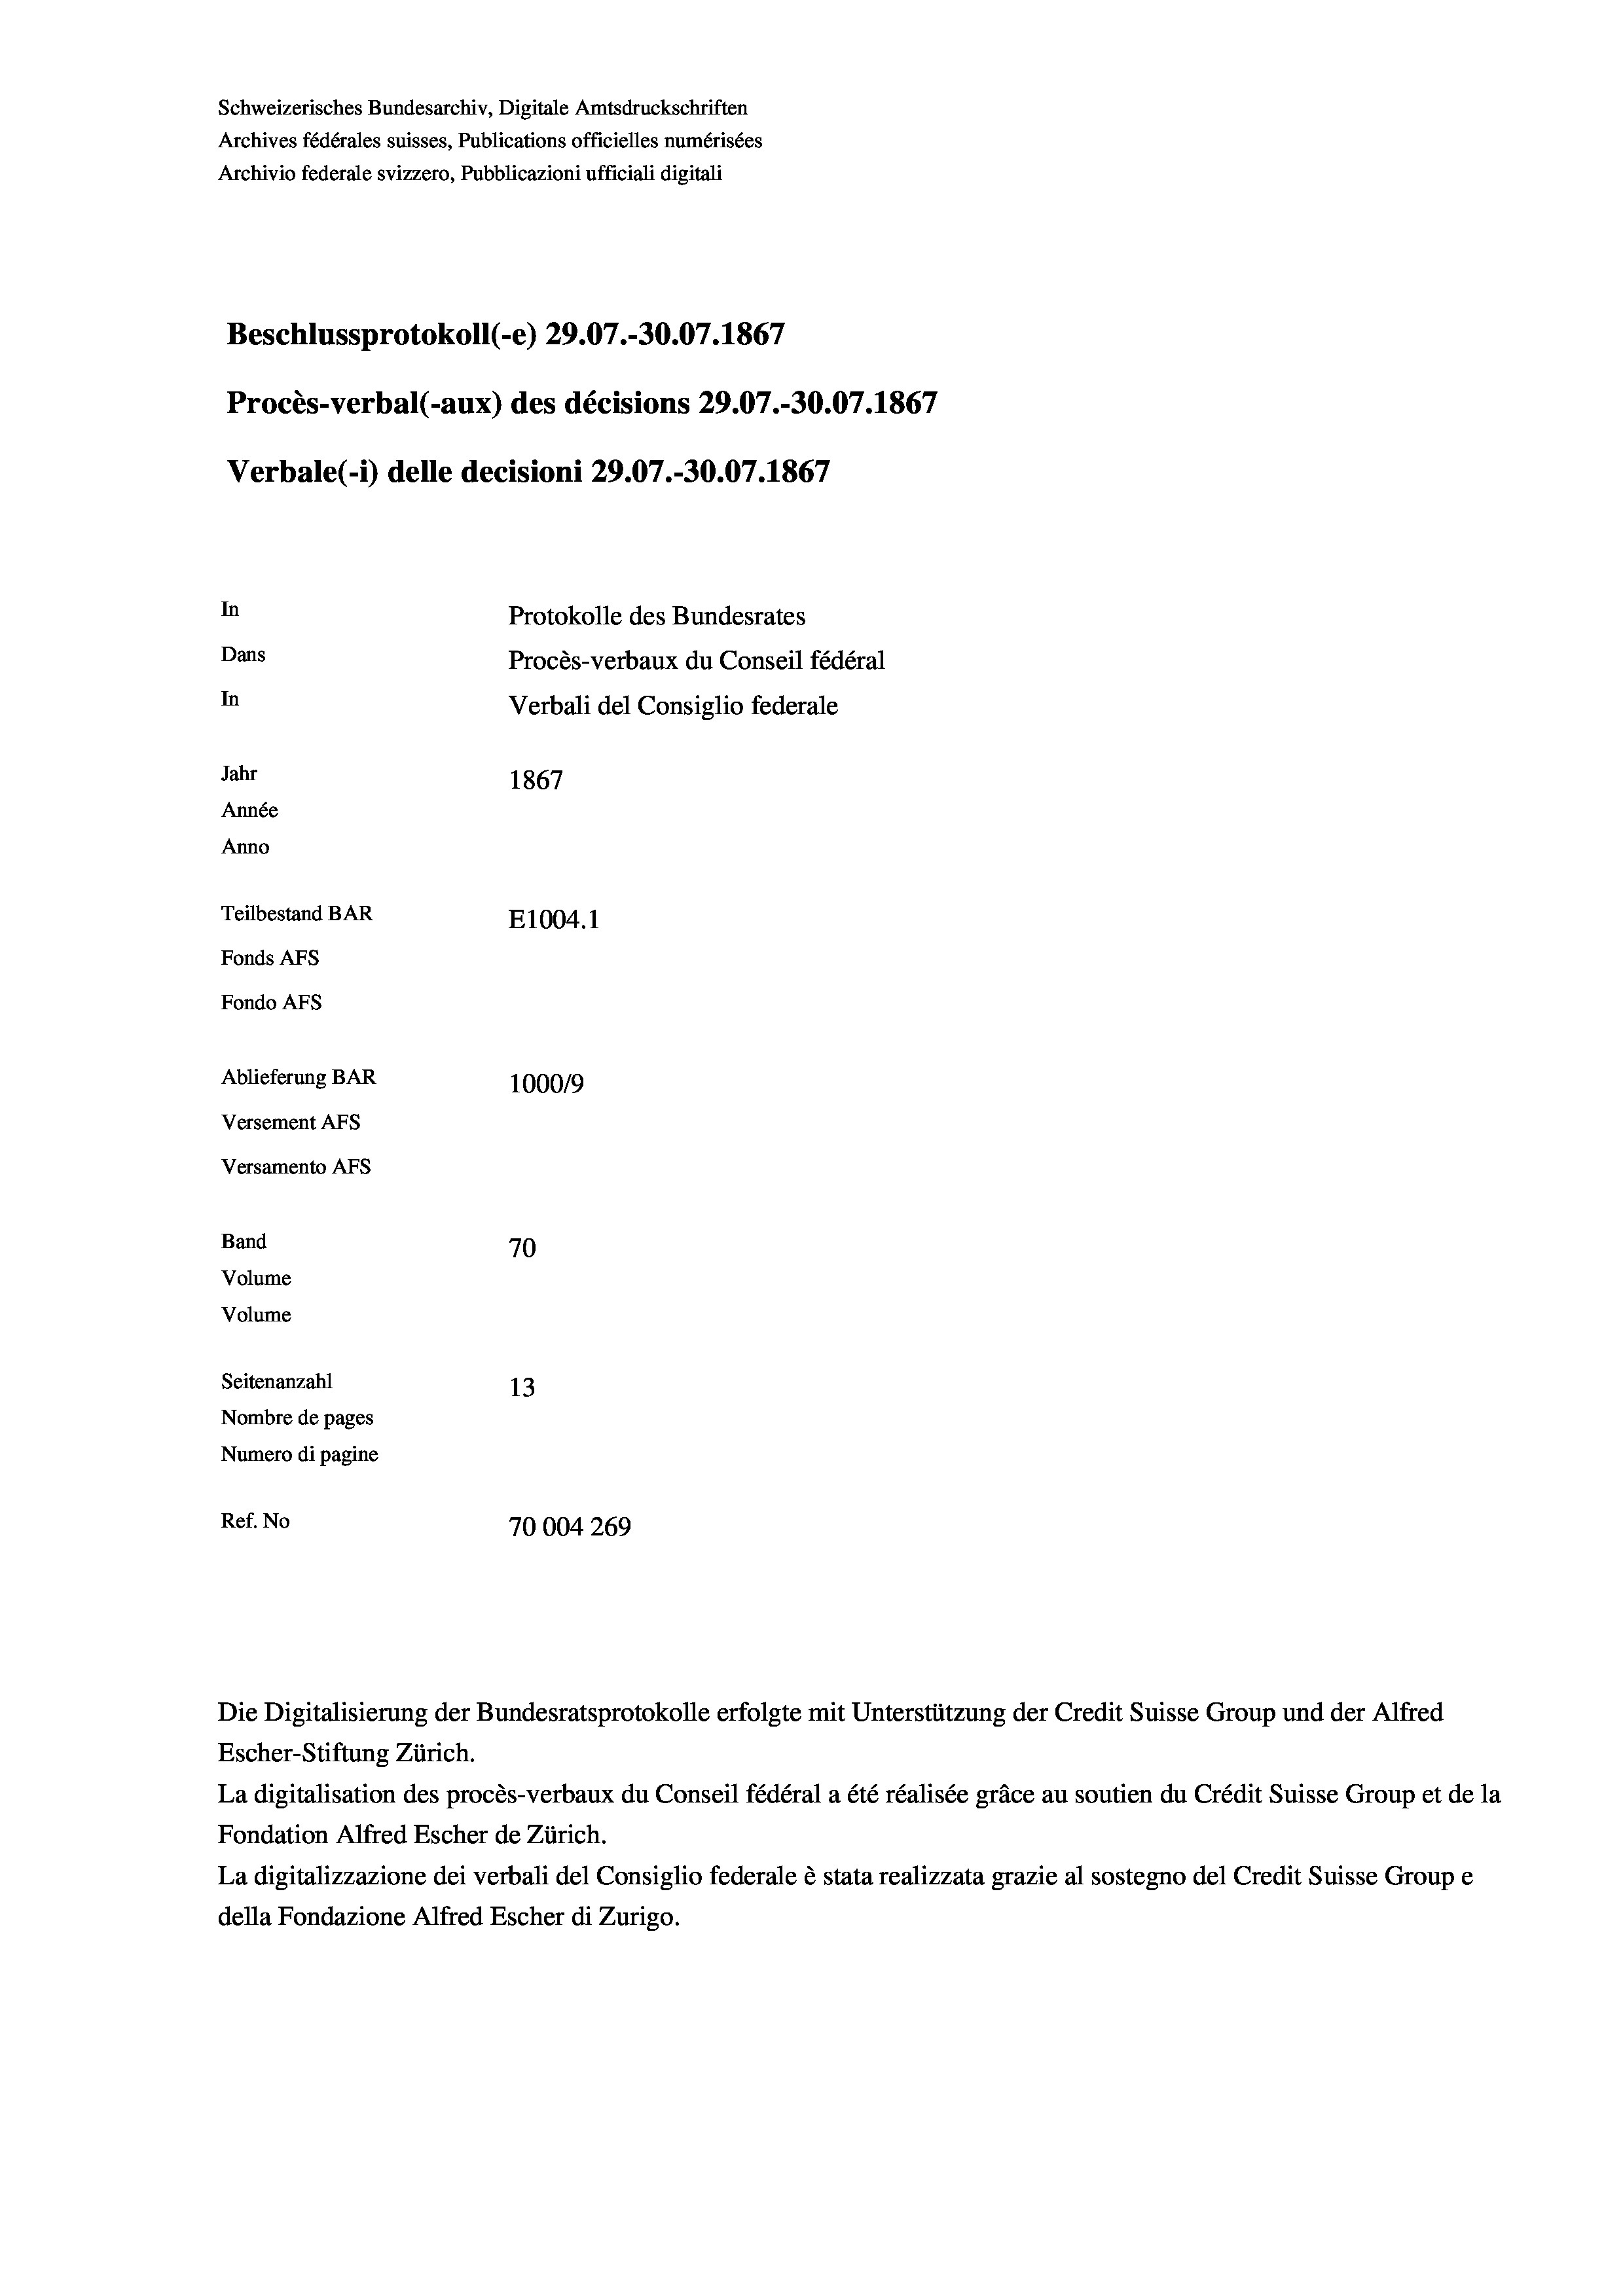
Schweizerisches Bundesarchiv, Digitale Amtsdruckschriften
Archives fédérales suisses, Publications officielles numérisées
Archivio federale svizzero, Pubblicazioni ufficiali digitali
Beschlussprotokoll (e) 29.07.-30.07. 1867
Procès-verbal (-aux) des décisions 29.07.-30.07. 1867
Verbale (- 1) delle decisioni 29.07.-30.07. 1867
In
Protokolle des Bundesrates
Dans
Procès-verbaux du Conseil fédéral
In
Verbali del Consiglio federale
Jahr
1867
Année
Anno
Teilbestand BAR
E1004.1
Fonds AFs
Fondo Afs
Ablieferung BAR
100019
Versement Ans
Versamento Afs
Band
70
Volume
Volume
Seitenanzahl
13
Nombre de pages
Numero di pagine
Ref. No
70004 269

Escher-Stiftung Zürich.
La digitalisation des procès-verbaux du Conseil fédéral a été réalisée gräce au soutien du Crédit Suisse Group et de la
Fondation Alfred Escher de Zürich.
La digitalizzazione dei verbali del Consiglio federale è stata realizzata grazie al sostegno del Credit Suisse Groupe
della Fondazione Alfred Escher di Zurigo.

Die Digitalisierung der Bundesratsprotokolle erfolgte mit Unterstützung der Credit Suisse Group und der Alfred